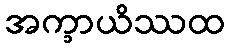
အက္ခာယိဿထ